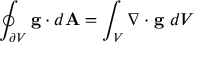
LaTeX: \oint _ { \partial V } \mathbf { g } \cdot d \mathbf { A } = \int _ { V } \nabla \cdot \mathbf { g } \ d V